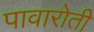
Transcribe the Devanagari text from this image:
पावारोती